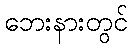
ဘေးနားတွင်